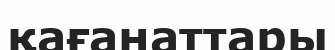
қағанаттары